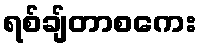
ရစ်ချ်တာစကေး